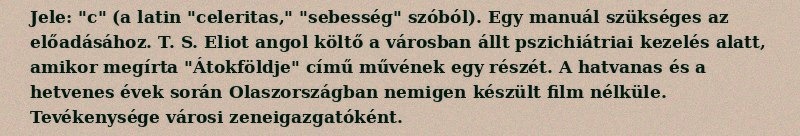
Jele: "c" (a latin "celeritas," "sebesség" szóból). Egy manuál szükséges az előadásához. T. S. Eliot angol költő a városban állt pszichiátriai kezelés alatt, amikor megírta "Átokföldje" című művének egy részét. A hatvanas és a hetvenes évek során Olaszországban nemigen készült film nélküle. Tevékenysége városi zeneigazgatóként.